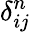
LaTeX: \delta_{ij}^{n}